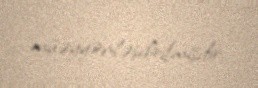
müəyyənləşdirilmişdir.